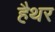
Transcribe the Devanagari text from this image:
हैथर